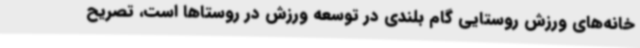
خانه‌های ورزش روستایی گام‌ بلندی در توسعه ورزش در روستاها است، تصریح